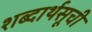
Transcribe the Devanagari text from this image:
शब्दार्थसूची